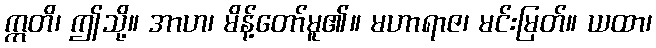
ဣတိ၊ ဤသို့။ အာဟ၊ မိန့်တော်မူ၏။ မဟာရာဇ၊ မင်းမြတ်။ ယထာ၊